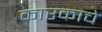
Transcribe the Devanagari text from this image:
कारकाचे